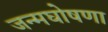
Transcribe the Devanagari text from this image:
जन्मघोषणा